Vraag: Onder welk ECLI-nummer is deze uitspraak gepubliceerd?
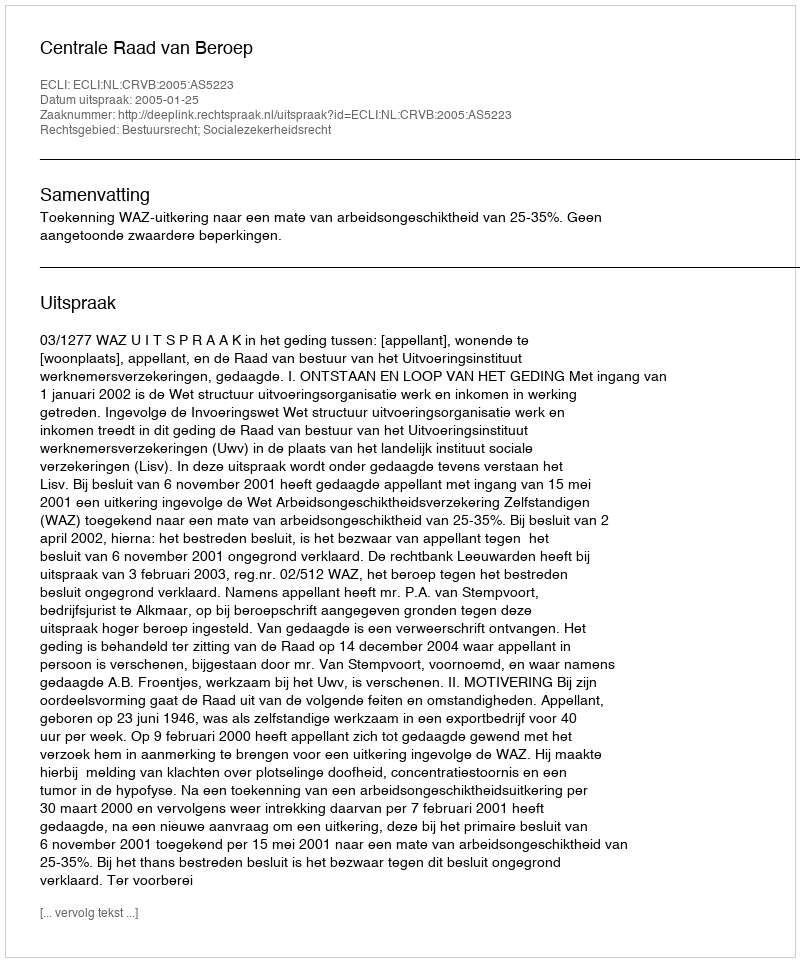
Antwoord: ECLI:NL:CRVB:2005:AS5223